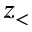
z _ { < }